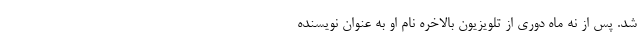
شد. پس از نه ماه دوری از تلویزیون بالاخره نام او به عنوان نویسنده